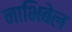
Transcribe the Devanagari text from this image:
नाभिबेल